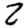
Digit: 2